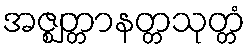
အဇ္ဈတ္တာနတ္တသုတ္တံ